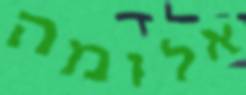
אלומה